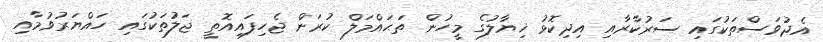
އެދުވަސްތަކުގައި ސަރުކާރާއި އިދިކޮޅު ޚިޔާލުގެ މީހުން ތަޙައްމަލް ކުރަން ޖެހިފައިއޮތީ ޖަލުތަކުގަައި ހައްޔަރުވުމާއި